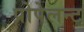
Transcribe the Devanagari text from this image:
प्रोपेलन्ट